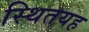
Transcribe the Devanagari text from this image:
स्थितयह